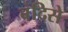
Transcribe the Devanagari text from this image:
बंदिसे